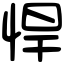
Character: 悍